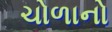
ચોળાનો